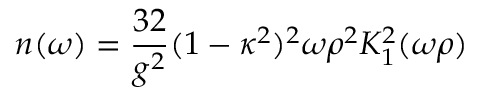
n ( \omega ) = \frac { 3 2 } { g ^ { 2 } } ( { 1 - \kappa ^ { 2 } } ) ^ { 2 } \omega \rho ^ { 2 } K _ { 1 } ^ { 2 } ( \omega \rho )